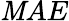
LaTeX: \mathit{M}AE